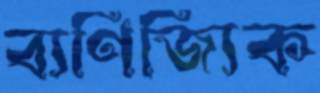
ব্যণিজ্যিক